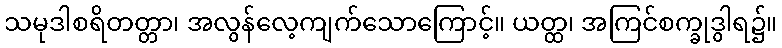
သမုဒါစရိတတ္တာ၊ အလွန်လေ့ကျက်သောကြောင့်။ ယတ္ထ၊ အကြင်စက္ခုဒွါရ၌။